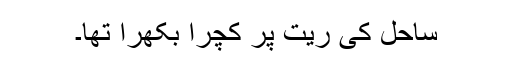
ساحل کی ریت پر کچرا بکھرا تھا۔